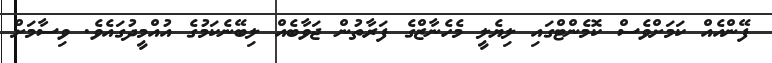
ފޭންއެއް ކަމަށްވެސް ކޮމެންޓްގައި ލިޔެލީ މެހެނާޒްގެ ފަރާތުން ޖަވާބެއް ލިބޭނެކަމުގެ އުއްމީދުގައެވެ. ވިސާމަށް